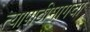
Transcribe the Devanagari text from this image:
त्यापाठीमागचा